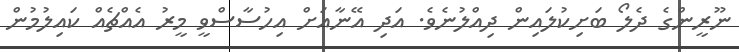
ނޫރީންގެ ދެލޯ ބަށިކުލައިިން ދިއްލުނެވެ. އަދި އޭނާއަށް އިހުސާސްވީ މީރު އެއްޗެއް ކައިލުމުން